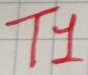
Text: T1